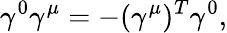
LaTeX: {\gamma^{0}\gamma^{\mu}=-(\gamma^{\mu})^{T}\gamma^{0},}